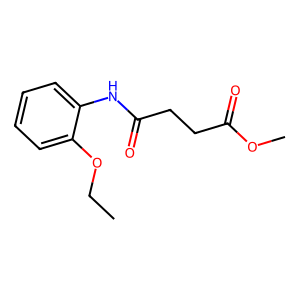
SMILES: CCOc1ccccc1NC(=O)CCC(=O)OC
Inhibits HIV replication: No